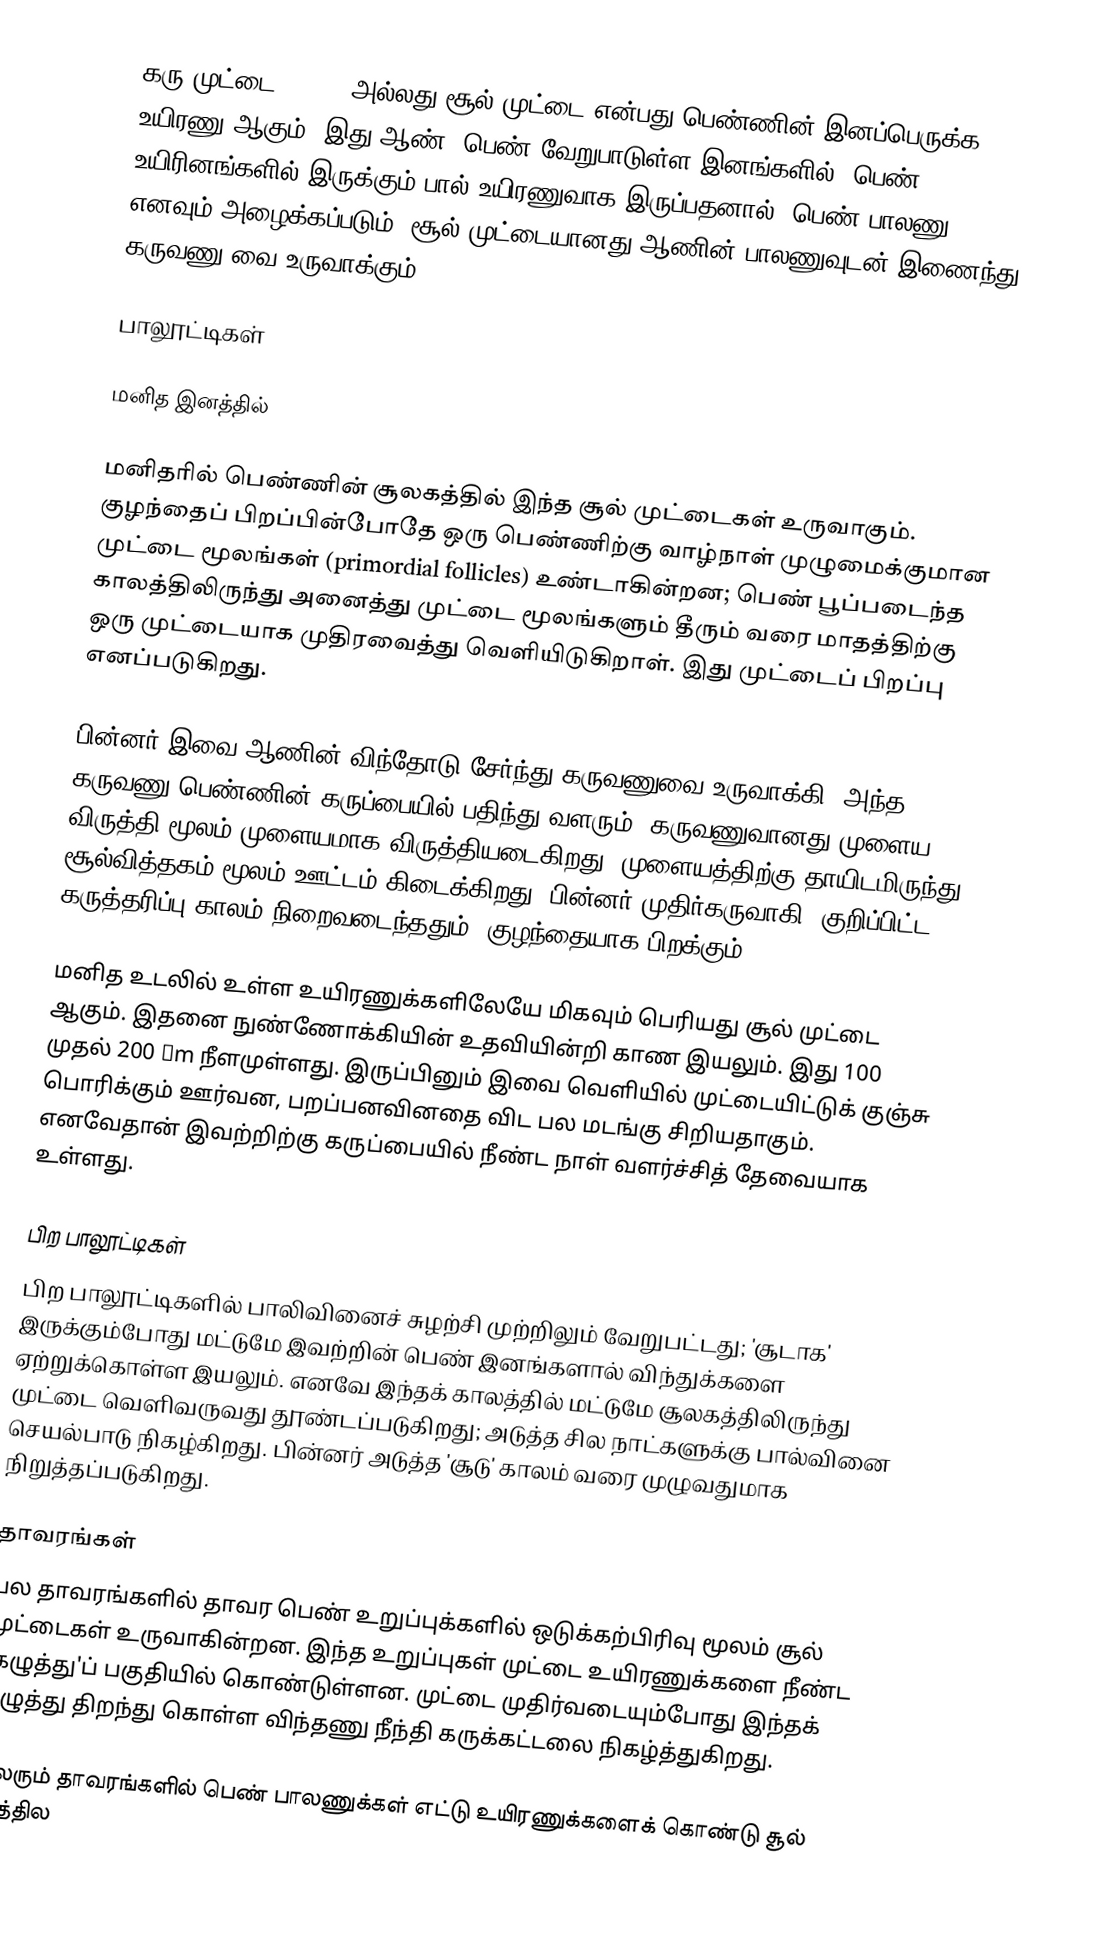
கரு முட்டை (Ovum) அல்லது சூல் முட்டை என்பது பெண்ணின் இனப்பெருக்க உயிரணு ஆகும். இது ஆண், பெண் வேறுபாடுள்ள இனங்களில், பெண் உயிரினங்களில் இருக்கும் பால் உயிரணுவாக இருப்பதனால், பெண் பாலணு எனவும் அழைக்கப்படும். சூல் முட்டையானது ஆணின் பாலணுவுடன் இணைந்து கருவணு வை உருவாக்கும்.

பாலூட்டிகள்

மனித இனத்தில்

மனிதரில் பெண்ணின் சூலகத்தில் இந்த சூல் முட்டைகள் உருவாகும். குழந்தைப் பிறப்பின்போதே ஒரு பெண்ணிற்கு வாழ்நாள் முழுமைக்குமான முட்டை மூலங்கள் (primordial follicles) உண்டாகின்றன; பெண் பூப்படைந்த காலத்திலிருந்து  அனைத்து முட்டை மூலங்களும் தீரும் வரை மாதத்திற்கு ஒரு முட்டையாக  முதிரவைத்து வெளியிடுகிறாள். இது முட்டைப் பிறப்பு எனப்படுகிறது.

பின்னர் இவை ஆணின் விந்தோடு சேர்ந்து கருவணுவை உருவாக்கி, அந்த கருவணு பெண்ணின் கருப்பையில் பதிந்து வளரும். கருவணுவானது முளைய விருத்தி மூலம் முளையமாக விருத்தியடைகிறது.  முளையத்திற்கு தாயிடமிருந்து சூல்வித்தகம் மூலம் ஊட்டம் கிடைக்கிறது. பின்னர் முதிர்கருவாகி, குறிப்பிட்ட கருத்தரிப்பு காலம் நிறைவடைந்ததும், குழந்தையாக பிறக்கும்.

மனித உடலில் உள்ள  உயிரணுக்களிலேயே மிகவும் பெரியது சூல் முட்டை ஆகும். இதனை நுண்ணோக்கியின் உதவியின்றி காண இயலும். இது 100 முதல் 200 µm நீளமுள்ளது.  இருப்பினும் இவை வெளியில் முட்டையிட்டுக் குஞ்சு பொரிக்கும் ஊர்வன, பறப்பனவினதை விட பல மடங்கு சிறியதாகும்.  எனவேதான் இவற்றிற்கு கருப்பையில் நீண்ட நாள் வளர்ச்சித் தேவையாக உள்ளது.

பிற பாலூட்டிகள்
பிற பாலூட்டிகளில் பாலிவினைச் சுழற்சி  முற்றிலும் வேறுபட்டது;  'சூடாக' இருக்கும்போது  மட்டுமே இவற்றின் பெண் இனங்களால் விந்துக்களை ஏற்றுக்கொள்ள இயலும். எனவே இந்தக் காலத்தில் மட்டுமே சூலகத்திலிருந்து முட்டை வெளிவருவது தூண்டப்படுகிறது; அடுத்த சில நாட்களுக்கு பால்வினை செயல்பாடு நிகழ்கிறது. பின்னர் அடுத்த 'சூடு' காலம் வரை முழுவதுமாக நிறுத்தப்படுகிறது.

தாவரங்கள்
பல தாவரங்களில்  தாவர பெண் உறுப்புக்களில்  ஒடுக்கற்பிரிவு மூலம் சூல் முட்டைகள் உருவாகின்றன. இந்த உறுப்புகள் முட்டை உயிரணுக்களை நீண்ட  'கழுத்து'ப் பகுதியில் கொண்டுள்ளன. முட்டை முதிர்வடையும்போது இந்தக் கழுத்து திறந்து கொள்ள விந்தணு நீந்தி கருக்கட்டலை நிகழ்த்துகிறது.

மலரும் தாவரங்களில் பெண் பாலணுக்கள் எட்டு  உயிரணுக்களைக் கொண்டு சூல் வித்தில